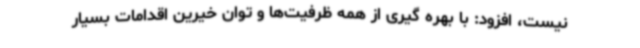
نیست، افزود: با بهره گیری از همه ظرفیت‌ها و توان خیرین اقدامات بسیار